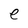
Character: e